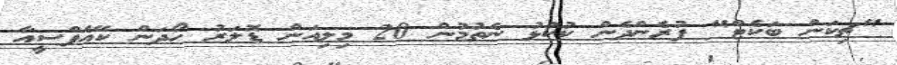
"ޗިކަން ބަކެޓް" ފުރެންދެން ކުކުޅު ނެތުމުން 20 މިލިއަން ޑޮލަރު ހޯދަން ކޭއެފްސީއާ